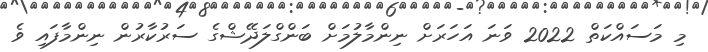
މި މަސައްކަތް 2022 ވަނަ އަހަރަށް ނިންމާލުމަށް ބަންގްލަދޭޝްގެ ސަރުކާރުން ނިންމާފައި ވެ